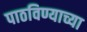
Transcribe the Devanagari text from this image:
पाठविण्याच्या